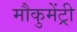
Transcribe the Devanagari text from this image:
मौकुमेंट्री